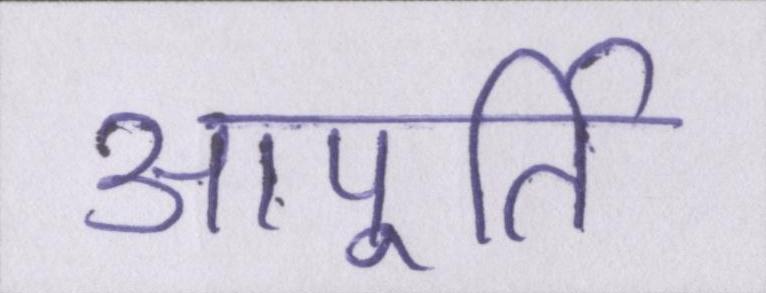
आपूर्ति